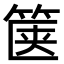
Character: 箧